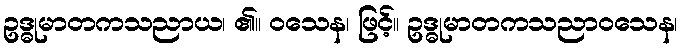
ဥဒ္ဓုမာတကသညာယ၊ ၏။ ဝသေန၊ ဖြင့်။ ဥဒ္ဓုမာတကသညာဝသေန၊